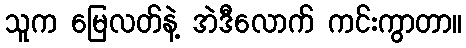
သူက မြေလတ်နဲ့ အဲဒီလောက် ကင်းကွာတာ။